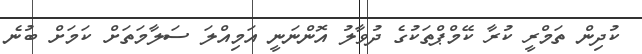
ކުދިން ތަމްރީ ކުރާ ކޭމްޕްތަކުގެ ދުވާލު އޮންނަނީ އަމިއްލަ ސަލާމަތަށް ކަމަށް ބުނެ